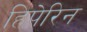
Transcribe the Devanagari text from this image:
हिपेरिन